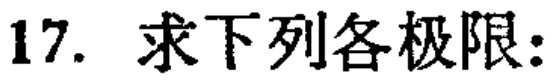
17. 求下列各极限: